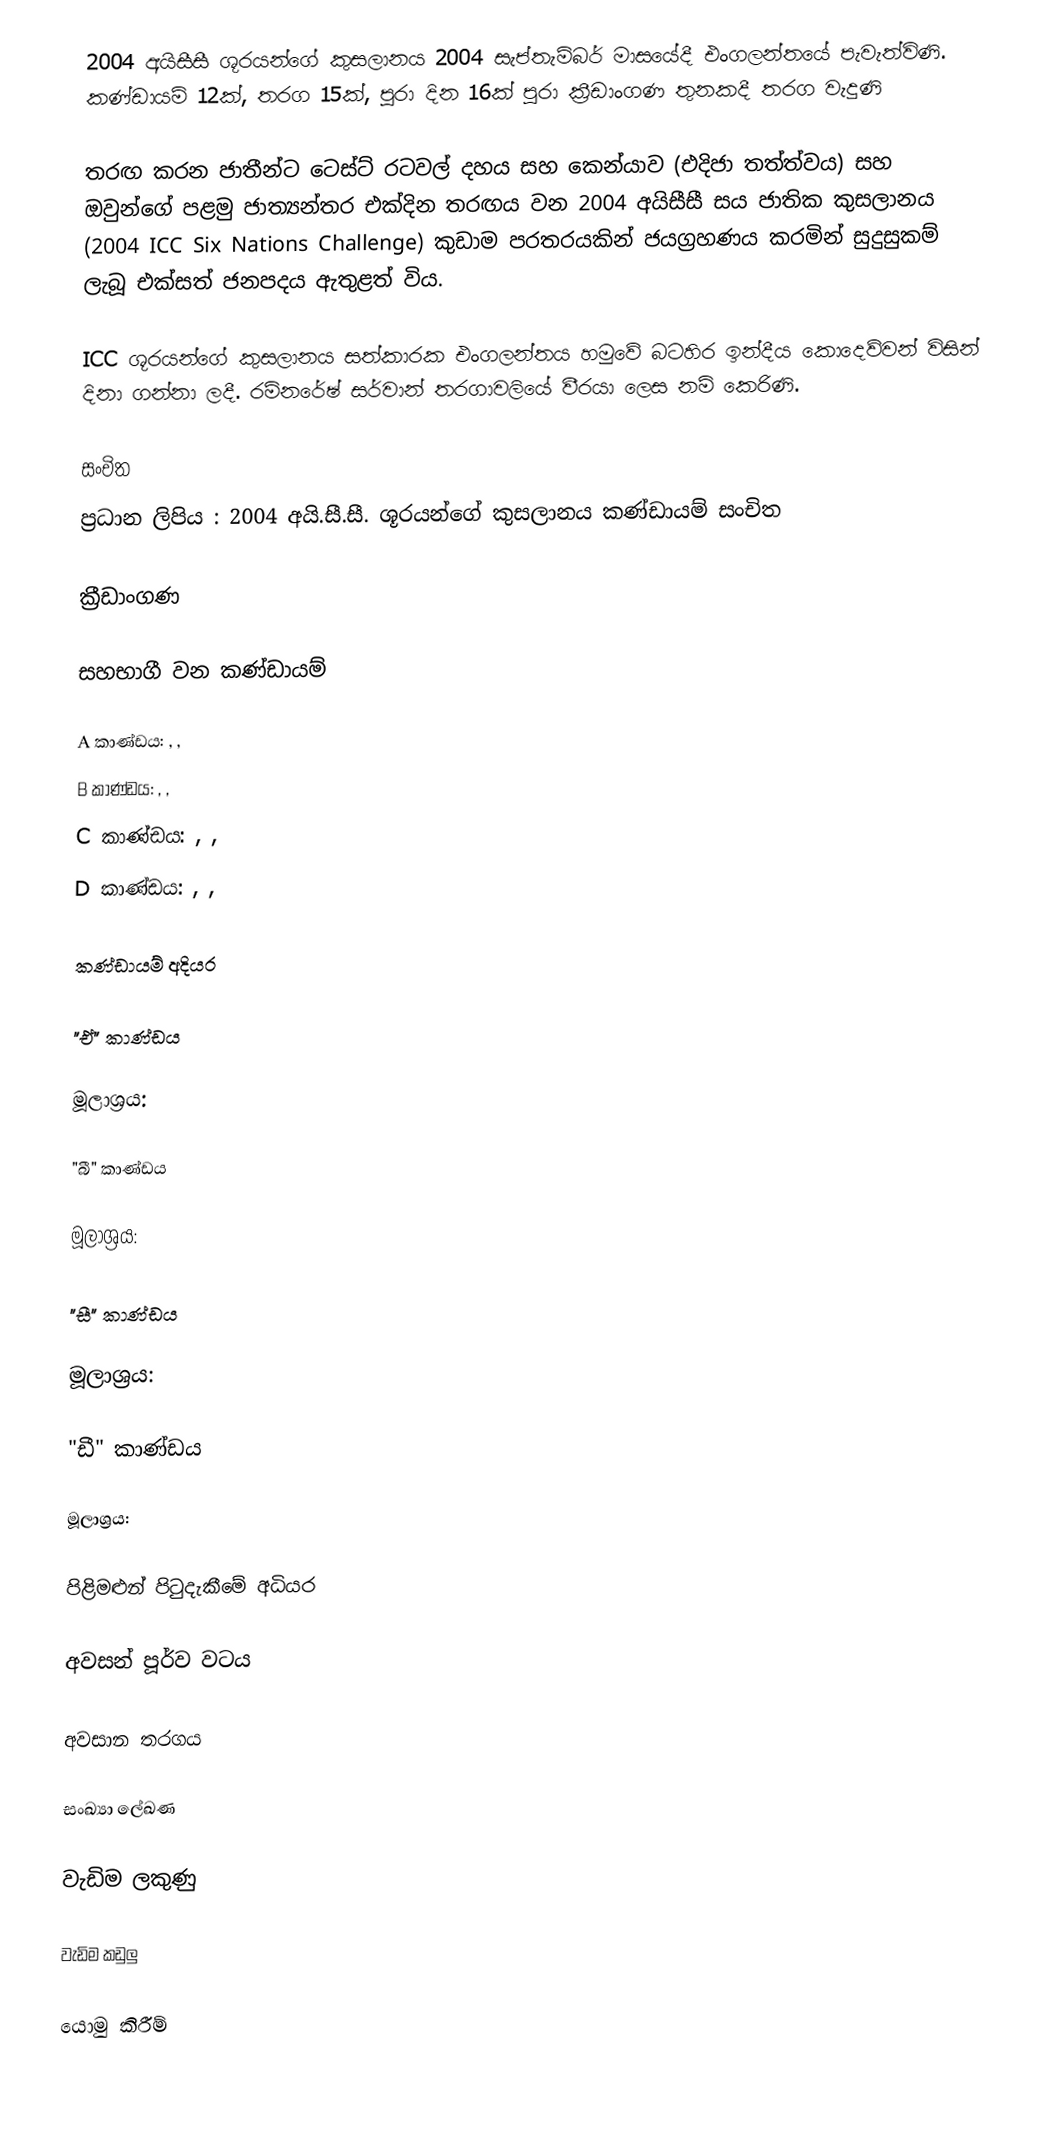
2004 අයිසීසී ශූරයන්ගේ කුසලානය 2004 සැප්තැම්බර් මාසයේදී එංගලන්තයේ පැවැත්විණි. කණ්ඩායම් 12ක්, තරග 15ක්, පුරා දින 16ක් පුරා ක්‍රීඩාංගණ තුනකදී තරග වැදුණි

තරඟ කරන ජාතීන්ට ටෙස්ට් රටවල් දහය සහ කෙන්යාව (එදිජා තත්ත්වය) සහ ඔවුන්ගේ පළමු ජාත්‍යන්තර එක්දින තරඟය වන 2004 අයිසීසී සය ජාතික කුසලානය (2004 ICC Six Nations Challenge) කුඩාම පරතරයකින් ජයග්‍රහණය කරමින් සුදුසුකම් ලැබූ එක්සත් ජනපදය ඇතුළත් විය.

ICC ශූරයන්ගේ කුසලානය සත්කාරක එංගලන්තය හමුවේ  බටහිර ඉන්දීය කොදෙව්වන් විසින් දිනා ගන්නා ලදී. රම්නරේෂ් සර්වාන් තරගාවලියේ වීරයා ලෙස නම් කෙරිණි.

සංචිත
ප්‍රධාන ලිපිය : 2004 අයි.සී.සී. ශූරයන්ගේ කුසලානය කණ්ඩායම් සංචිත

ක්‍රීඩාංගණ

සහභාගී වන කණ්ඩායම්

 A කාණ්ඩය: , ,
 B කාණ්ඩය: , ,
 C කාණ්ඩය: , ,
 D කාණ්ඩය: , ,

කණ්ඩායම් අදියර

"ඒ" කාණ්ඩය

 මූලාශ්‍රය:

"බී" කාණ්ඩය

 මූලාශ්‍රය:

"සී" කාණ්ඩය

 මූලාශ්‍රය:

"ඩී" කාණ්ඩය

 මූලාශ්‍රය:

පිළිමළුන් පිටුදැකීමේ අධියර

අවසන් පූර්ව වටය

අවසාන තරගය

සංඛ්‍යා ලේඛණ

වැඩිම ලකුණු

වැඩිම කඩුලු

යොමු කිරීම්